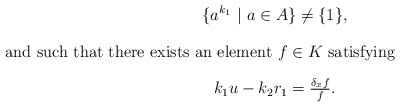
\begin{gather*} \{a^{k_1} \ | \ a\in A\}\neq \{1\}, \intertext{and such that there exists an element $f\in K$ satisfying} k_1u-k_2r_1=\tfrac{\delta_xf}{f}.\end{gather*}